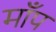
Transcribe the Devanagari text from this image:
माँप